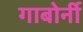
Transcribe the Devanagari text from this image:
गाबोर्नी